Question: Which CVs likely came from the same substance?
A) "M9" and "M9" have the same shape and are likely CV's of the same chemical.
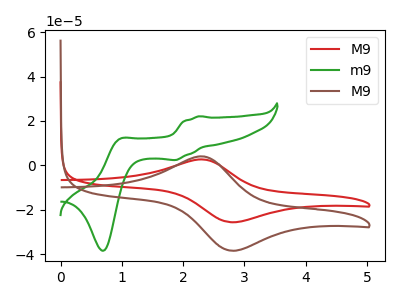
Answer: <think>The red curve "M9" has an anodic peak at (2.30V, 2.70uA) and a cathodic peak at (2.80V, -25.55uA). The green curve "m9" has anodic peaks at (2.25V, 22.15uA) (0.95V, 11.90uA) and cathodic peaks at (1.90V, 2.45uA) (0.70V, -38.40uA). The brown curve "M9" has an anodic peak at (2.30V, 4.10uA) and a cathodic peak at (2.80V, -38.35uA).
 "M9" and "m9" have a different number of peaks. All the peaks in "M9" have a peak in "M9" at the same potential. Every peak in "M9" is lower than every peak in "M9". "m9" and "M9" have a different number of peaks.</think>
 <answer>A) "M9" and "M9" have the same shape and are likely CV's of the same chemical.</answer>
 <eval>A</eval>